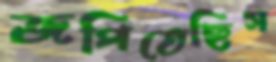
জপিতেছিস